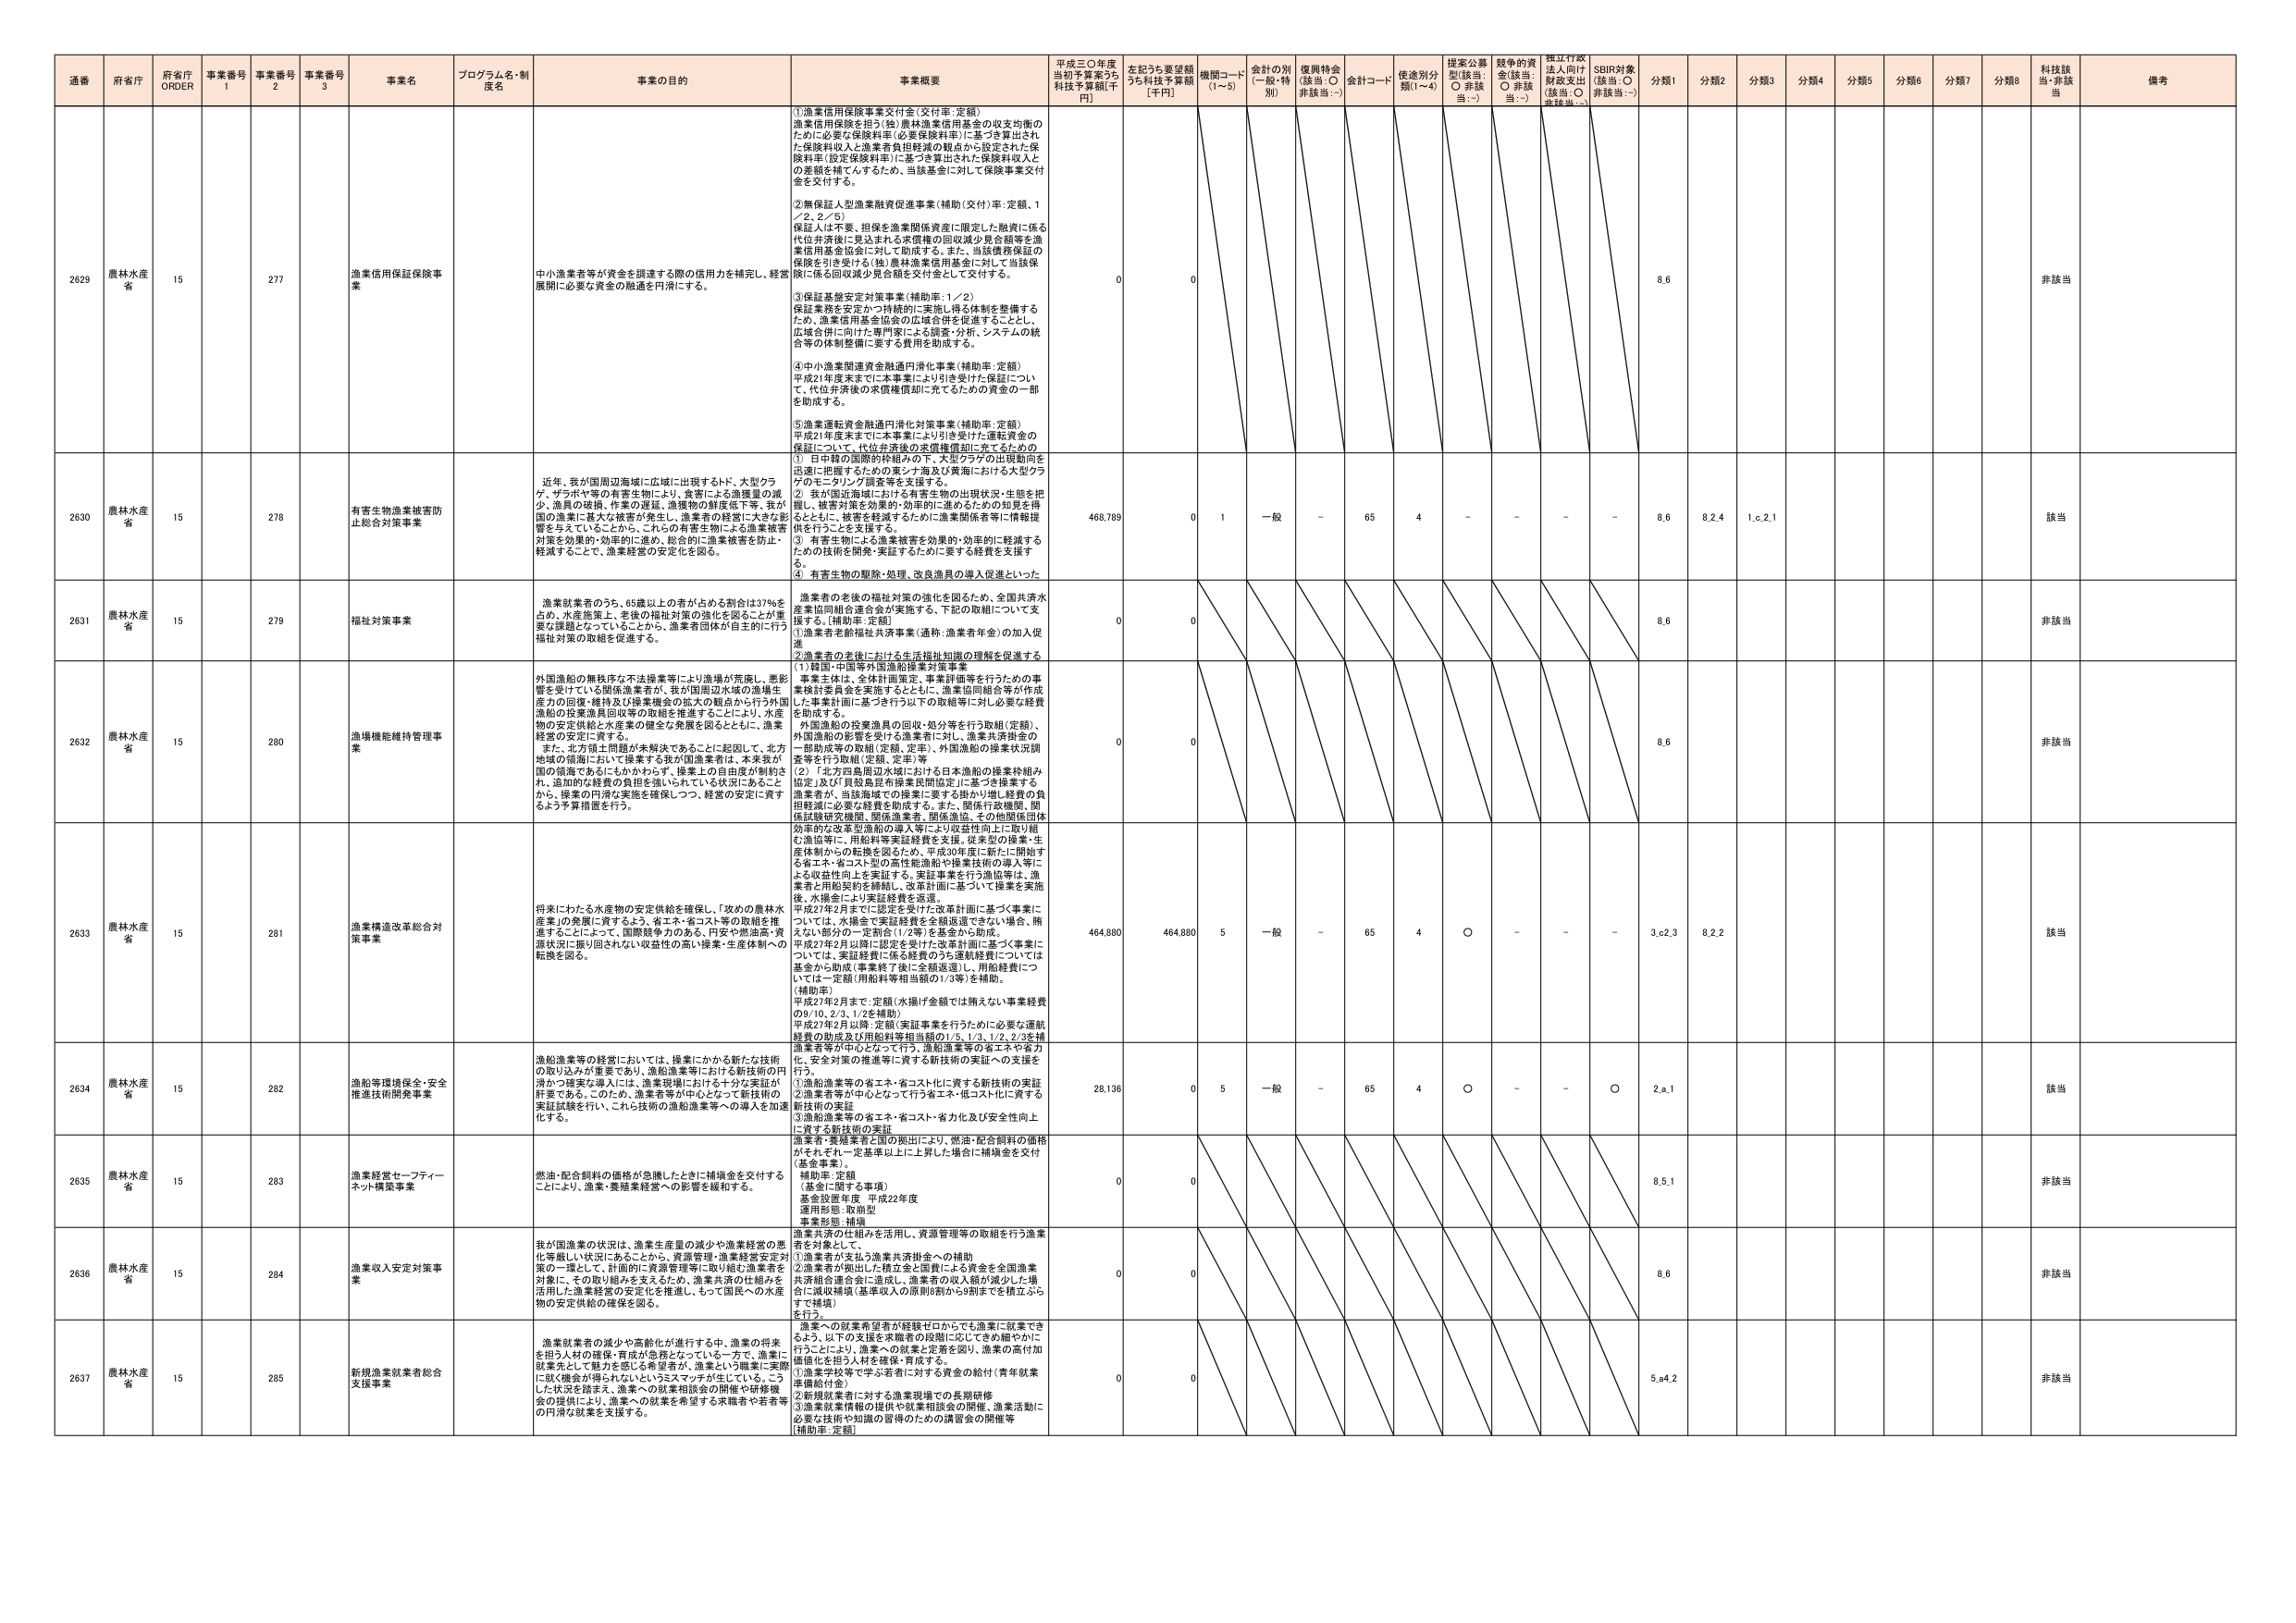
通番 府省庁 府省庁 ORDER 事業番号 1 事業番号 2 事業番号 3 事業名 プログラム名・制度名 事業の目的 事業概要 平成三〇年度当初予算案うち 科技予算額[千円] 左記うち要望額うち科技予算額 [千円] 機関コード (1~5) 会計の別 (一般・特別) 復興特会 (該当：○ 非該当：-) 会計コード 使途別分類(1~4) 提案公募型(該当：○ 非該当：-) 競争的資金(該当：○ 非該当：-) 指定行政法人向け財政支出(該当：○ 非該当：-) SDBR対象(該当：○ 非該当：-) 分類1 分類2 分類3 分類4 分類5 分類6 分類7 分類8 科技該当・非該当 備考

2629 農林水産省 15 277 漁業信用保証保険事業 中小漁業者等が資金を調達する際の信用を補完し、経営展開に必要な資金の融通を円滑にする。 ①漁業信用保険事業交付金(交付率:定額) 漁業信用保険を担う(独)農林漁業信用基金の収支均衡のために必要な保険料率(必要保険料率)に基づき算出された保険料収入と漁業者負担の観点から設定された保険料率(設定保険料率)に基づき算出された保険料収入との差額を補てんするため、当該基金に対して保険事業交付金を交付する。 ②無保証人型漁業融資促進事業(補助(交付)率:定額、1／2、2／5) 保証人は不要、担保を漁業関係資産に限定した融資に係る代位弁済後に見込まれる求償権の回収減少見合額等を漁業信用基金協会に対して助成する。また、当該債務保証の限度を引き下げる(独)農林漁業信用基金に対して当該保険に係る回収減少見合額を交付金として交付する。 ③保証基盤安定対策事業(補助率:1／2) 保証業務を安定かつ持続的に実施し得る体制を整備するため、漁業信用基金協会の広域合併を促進することとし、広域合併に向けた専門家による調査・分析、システムの統合等の体制整備に要する費用を助成する。 ④中小漁業関連資金融通円滑化事業(補助率:定額) 平成21年度末までに本事業により引き受けた保証につい て、代位弁済後の求償権償却に充てるための資金の一部を助成する。 ⑤漁業運転資金融通円滑化対策事業(補助率:定額) 平成21年度末までに本事業により引き受けた運転資金の保証について、代位弁済後の求償権償却に充てるための 0 0 8.6 非該当

2630 農林水産省 15 278 有害生物漁業被害防止総合対策事業 近年、我が国周辺海域に広域に出現するトド、大型クラゲ、ザラボヤ等の有害生物により、食害による漁獲量の減少、漁具の破損、作業の遅延、漁獲物の鮮度低下等、我が国の漁業に甚大な被害が発生し、漁業者の経営に大きな影響を与えていることから、これらの有害生物による漁業被害対策を効果的・効率的に進め、総合的に漁業被害を防止・軽減することで、漁業経営の安定化を図る。 ① 日中韓の国際的枠組みの下、大型クラゲの出現動向を迅速に把握するためのモンタ海及び黄海における大型クラゲのモニタリング調査等を支援する。 ② 我が国近海域における有害生物の出現状況・生態を把握し、被害対策を効果的・効率的に進めるための知見を得るとともに、被害を軽減するために漁業関係者等に情報提供を行うことを支援する。 ③ 有害生物による漁業被害を効果的・効率的に軽減するための技術を開発・実証するために要する経費を支援する。 ④ 有害生物の駆除・処理、改良漁具の導入促進といった 468,789 0 1 一般 - 65 4 - - - - 8.6 8.2.4 1.c.2.1 該当

2631 農林水産省 15 279 福祉対策事業 漁業就業者のうち、65歳以上の者が占める割合は37％を占め、水産施策上、老後の福祉対策の強化を図ることが重要な課題となっていることから、漁業者団体が自主的に行う福祉対策の取組を促進する。 漁業者の老後の福祉対策の強化を図るため、全国共済水産業協同組合連合会が実施する、下記の取組について支援する。[補助率:定額] ①漁業者老齢福祉共済事業(通称:漁業者年金)の加入促進 ②漁業者の老後における生活福祉知識の理解を促進する 0 0 8.6 非該当

2632 農林水産省 15 280 漁船機能維持管理事業 外国漁船の無秩序な不法操業等により漁場が荒廃し、悪影響を受けている関係漁業者、我が国周辺水域の漁場生産力の回復・維持及び操業機会の拡大の観点から行う外国漁船の投棄漁具回収等の取組を推進することにより、水産物の安定供給と水産業の健全な発展を図るとともに、漁業経営の安定に資する。 また、北方領土問題が未解決であることに起因して、北方地域の領海において操業する我が国漁業者は、本来我が国の領海であるにもかかわらず、操業上の自由度が制約され、追加的な経費の負担を強いられている状況にあることから、操業の円滑化実施を確保しつつ、経営の安定に資するよう予算措置を行う。 ①(韓国・中国等外国漁船操業対策事業 事業には、全体計画策定、事業計画等を行うための事業検討委員会を実施するとともに、漁業協同組合等が作成した事業計画に基づき行う以下の取組等に対し必要な経費を助成する。 外国漁船の投棄漁具の回収・処分等を行う取組(定額)、外国漁船の影響を受ける漁業者に対し、漁業共済資金の一部助成等の取組(定額、定率)、外国漁船の操業状況調査等を行う取組(定額、定率)等 ②「北方四島周辺水域における日本漁船の操業枠組み協定」及び「貝殻島昆布操業民間協定」に基づき操業する漁業者が、当該海域での操業に要する掛かり増し経費の負担軽減に必要な経費を助成する。また、関係行政機関、関係試験研究機関、関係漁業者、関係漁協、その他関係団体 0 0 8.6 非該当

2633 農林水産省 15 281 漁業構造改革総合対策事業 将来にわたる水産物の安定供給を確保し、「攻めの農林水産業」の発展に資するよう、省エネ・省コスト等の取組を推進することによって、国際競争力のある、円安や燃油高・資源状況に振り回されない収益性の高い操業・生産体制への転換を図る。 効率的な改革型漁船の導入等により収益性向上に取り組む漁協等に、用船料等実証経費を支援。改革型の操業・生産体制からの転換を図るため、平成30年度に新たに開始する省エネ・省コスト型の高性能漁船や操業技術の導入等による収益性向上を実証する。実証事業を行う漁協等は、漁業者と船船契約を締結し、改革計画に基づいて操業を実施後、水揚金により実証経費を返還。 平成27年2月までに認定を受けた改革計画に基づく事業については、水揚金で実証経費を全額返還できない場合、賄えない部分の一定割合(1/2等)を基金から助成。 平成27年2月以降に認定された改革計画に基づく事業については、実証経費に係る経費のうち運航経費については基金から助成(事業終了後に全額返還)し、用船経費については一定額(用船料等相当額の1/3等)を補助。 [補助率] 平成27年2月まで:定額(水揚げ金額では賄えない事業経費の9/10、2/3、1/2を補助) 平成27年2月以降:定額(実証事業を行うために必要な運航経費の助成及び用船料等相当額の1/5、1/3、1/2、2/3を補助) 漁業者等が中心となって行う、漁船漁業等の省エネや省力化、安全対策の推進等に資する新技術の実証への支援を行う。 ①漁船漁業等の省エネ・省コスト化に資する新技術の実証 ②漁業者等が中心となって行う省エネ・低コスト化に資する新技術の実証 ③漁船漁業等の省エネ・省コスト・省力化及び安全性向上に資する新技術の実証 464,880 464,880 5 一般 - 65 4 ○ - - - 3.c.2.3 8.2.2 該当

2634 農林水産省 15 282 漁船等環境保全・安全推進技術開発事業 漁船漁業等の経営においては、操業にかかる新たな技術の取り込みが重要であり、漁船漁業等における新技術の円滑かつ確実な導入には、漁業現場における十分な実証が肝要である。このため、漁業者等が中心となって新技術の実証試験を行い、これに技術の漁船漁業等への導入を加速化する。 漁業者・養殖業者と国の拠出により、燃油・配合飼料の価格がそれぞれ一定基準以上に上昇した場合に補填金を交付(基金事業)。 補助率:定額 (基金に関する事項) 基金設置年度:平成22年度 運用形態:取崩型 事業形態:補填 28,136 0 5 一般 - 65 4 ○ - - ○ 2.a.1 該当

2635 農林水産省 15 283 漁業経営セーフティーネット構築事業 燃油・配合飼料の価格が急騰したときに補填金を交付することにより、漁業・養殖業経営への影響を緩和する。 0 0 8.5.1 非該当

2636 農林水産省 15 284 漁業収入安定対策事業 我が国漁業の状況は、漁業生産量の減少や漁業経営の悪化等厳しい状況にあることから、資源管理・漁業経営安定対策の一環として、計画的に資源管理等に取り組む漁業者を対象に、その取り組みを支えるため、漁業共済の仕組みを活用した漁業経営の安定化を推進し、もって国民への水産物の安定供給の確保を図る。 漁業共済の仕組みを活用し、資源管理等の取組を行う漁業者を対象として、 ①漁業者が支払う漁業共済掛金への補助 ②漁業者が拠出した積立金と掛金による資金を全国漁業共済組合連合会に送成し、漁業者の収入額が減少した場合に減収補填(基準収入の原則8割から9割までを積立ぶらすて補填)を行う。 0 0 8.6 非該当

2637 農林水産省 15 285 新規漁業就業者総合支援事業 漁業就業者の減少や高齢化が進行する中、漁業の将来を担う人材の確保・育成が急務となっている。一方で、漁業に就業者として魅力を感じる希望者が、漁業という職業に実際に就く機会が得られないというジレンマが生じている。こうした状況を踏まえ、漁業への就業相談会の開催や研修機会の提供により、漁業への就業を希望する求職者や若者等の円滑な就業を支援する。 漁業への就業希望者が経験ゼロからでも漁業に就業できるよう、以下の支援を求職者の段階に応じてきめ細やかに行うことにより、漁業への就業と定着を図り、漁業の高付加価値化を担う人材を確保・育成する。 ①漁業学校等で学ぶ若者に対する資金の給付(青年就業準備給付金) ②新規就業者に対する漁業現場での長期研修 ③漁業就業情報の提供や就業相談会の開催、漁業活動に必要な技術や知識の習得のための講習会の開催等 補助率:定額 0 0 5.a.4.2 非該当